Report of the Imperial Institute of Veterinary Research, Muktesar
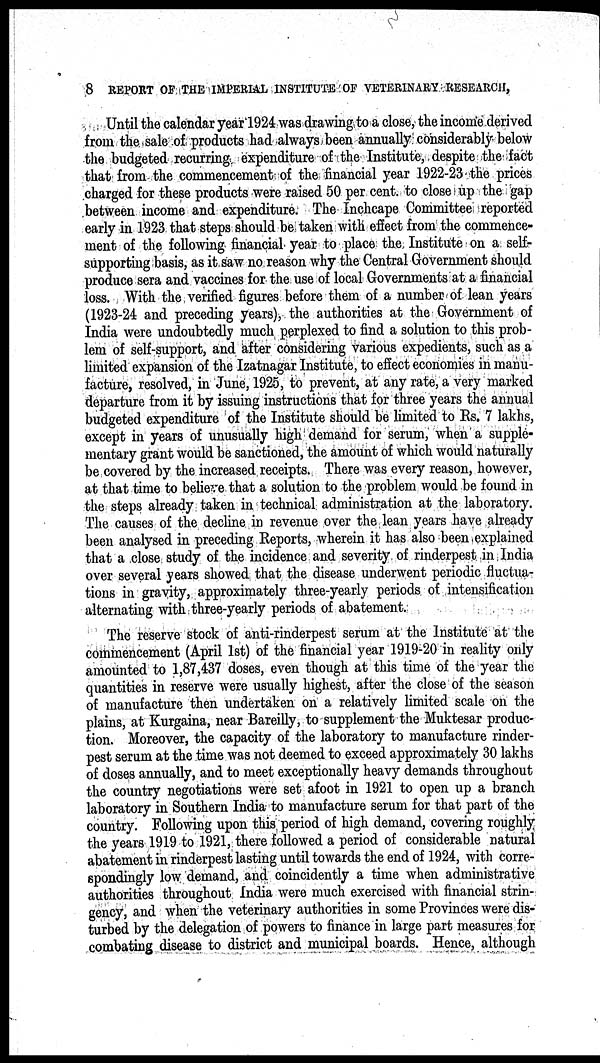
8 REPORT OF THE IMPERIAL INSTITUTE OF VETERINARY RESEARCH,
Until the calendar year 1924 was drawing to a close, the income derived
from the sale of products had always been annually considerably below
the budgeted recurring expenditure of the Institute, despite the fact
that from the commencement of the financial year 1922-23 the prices
charged for these products were raised 50 per cent. to close up the gap
between income and expenditure. The Inchcape Committee reported
early in 1923 that steps should be taken with effect from the commence-
ment of the following financial year to place the Institute on a self-
supporting basis, as it saw no reason why the Central Government should
produce sera and vaccines for the use of local Governments at a financial
loss. With the verified figures before them of a number of lean years
(1923-24 and preceding years), the authorities at the Government of
India were undoubtedly much perplexed to find a solution to this prob-
lem of self-support, and after considering various expedients, such as a
limited expansion of the Izatnagar Institute, to effect economies in manu-
facture, resolved, in June, 1925, to prevent, at any rate, a very marked
departure from it by issuing instructions that for three years the annual
budgeted expenditure of the Institute should be limited to Rs. 7 lakhs,
except in years of unusually high demand for serum, when a supple-
mentary grant would be sanctioned, the amount of which would naturally
be covered by the increased receipts. There was every reason, however,
at that time to believe that a solution to the problem would be found in
the steps already taken in technical administration at the laboratory.
The causes of the decline in revenue over the lean years have already
been analysed in preceding Reports, wherein it has also been explained
that a close study of the incidence and severity of rinderpest in India
over several years showed that the disease underwent periodic fluctua-
tions in gravity, approximately three-yearly periods of intensification
alternating with three-yearly periods of abatement.
The reserve stock of anti-rinderpest serum at the Institute at the
commencement (April 1st) of the financial year 1919-20 in reality only
amounted to 1,87,437 doses, even though at this time of the year the
quantities in reserve were usually highest, after the close of the season
of manufacture then undertaken on a relatively limited scale on the
plains, at Kurgaina, near Bareilly, to supplement the Muktesar produc-
tion. Moreover, the capacity of the laboratory to manufacture rinder-
pest serum at the time was not deemed to exceed approximately 30 lakhs
of doses annually, and to meet exceptionally heavy demands throughout
the country negotiations were set afoot in 1921 to open up a branch
laboratory in Southern India to manufacture serum for that part of the
country. Following upon this period of high demand, covering roughly
the years 1919 to 1921, there followed a period of considerable natural
abatement in rinderpest lasting until towards the end of 1924, with corre-
spondingly low demand, and coincidently a time when administrative
authorities throughout India were much exercised with financial strin-
gency, and when the veterinary authorities in some Provinces were dis-
turbed by the delegation of powers to finance in large part measures for
combating disease to district and municipal boards. Hence, although